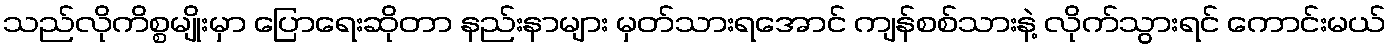
သည်လိုကိစ္စမျိုးမှာ ပြောရေးဆိုတာ နည်းနာများ မှတ်သားရအောင် ကျန်စစ်သားနဲ့ လိုက်သွားရင် ကောင်းမယ်